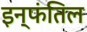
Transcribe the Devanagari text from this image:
इन्फंतिल